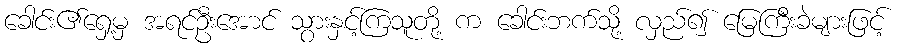
ခေါင်း၏ရှေ့မှ အရင်ဦးအောင် သွားနှင့်ကြသူတို့ က ခေါင်းဘက်သို့ လှည်၍ မြေကြီးခဲများဖြင့်